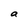
Character: a